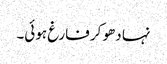
نہا دھو کر فارغ ہوئی۔